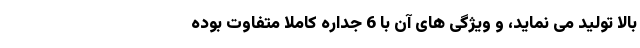
بالا تولید می نماید، و ویژگی های آن با 6 جداره کاملاً متفاوت بوده